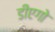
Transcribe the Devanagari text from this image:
डीएगो